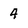
Character: 4